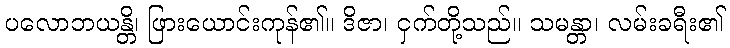
ပလောဘယန္တိ၊ ဖြားယောင်းကုန်၏။ ဒိဇာ၊ ငှက်တို့သည်။ သမန္တာ၊ လမ်းခရီး၏